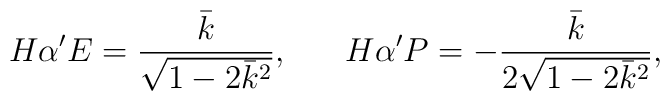
H\alpha'E=\frac{\bar{k}}{\sqrt{1-2\bar{k}^2}},\;\;\;\;\;\;H\alpha'P=-\frac{\bar{k}}{2\sqrt{1-2\bar{k}^2}},